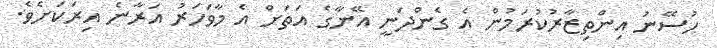
ހުސޭނު އިންތިޒާރުކުރަމުން އެ ގެންދަނީ އޭނާގެ އަތަށް އެ މާވަހަރު އަރާނެ އިރަކަށެވެ.